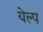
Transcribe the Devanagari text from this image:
येल्प